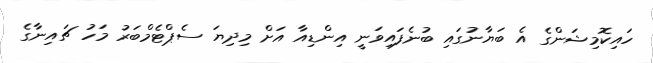
ހައިކޮމިޝަންގެ އެ ބަޔާނުގައި ބުނެފައިވަނީ އިންޑިއާ އަށް މިދިޔަ ސެޕްޓެމްބަރު މަހު ޗައިނާގެ